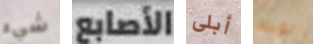
شيء الأصابع أبلى لونك